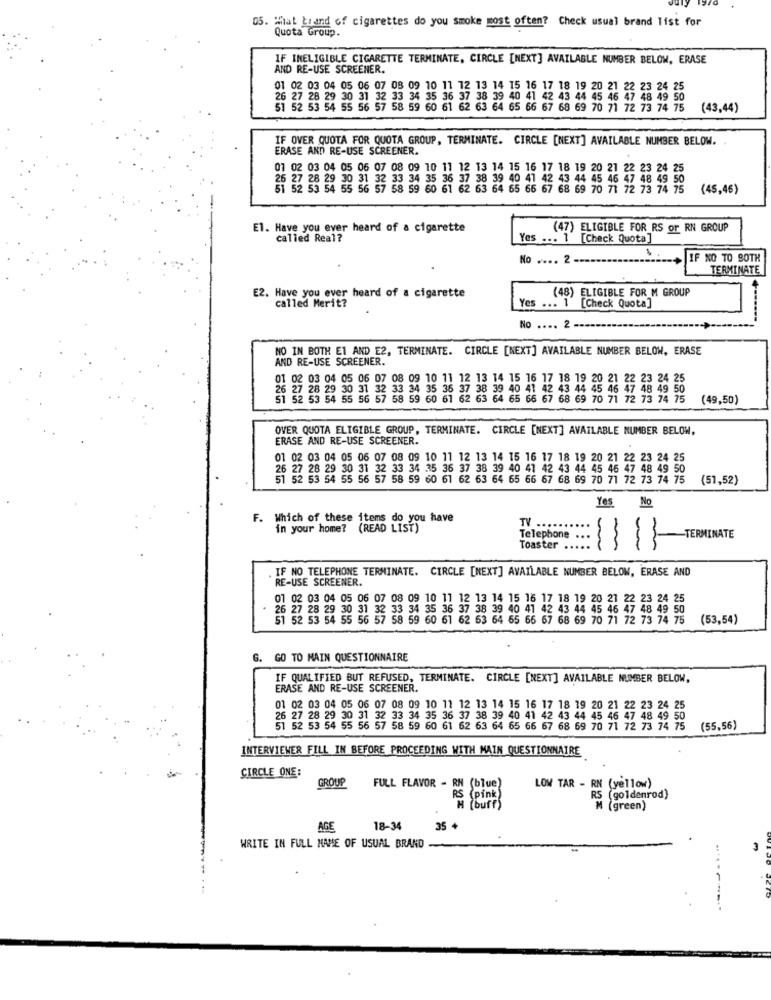
05. What Liand of cigarettes do you smoke most often? Check usual brand list for
Quota Group.
IF INELIGIBLE CIGARETTE TERMINATE, CIRCLE [NEXT] AVAILABLE NUMBER BELOW, ERASE
AND RE-USE SCREENER.
01 02 03 04 05 06 07 08 09 10 11 12 13 14 15 16 17 18 19 20 21 22 23 24 25
26 27 28 29 30 31 32 33 34 35 36 37 38 39 40 41 42 43 44
46 47 48 49 50
51 52 53 54 55 56 57 58 59 60 61 62 63 64 65 66 67 68 69 70 71 72 73 74 75
(43,44)
IF OVER QUOTA FOR QUOTA GROUP, TERMINATE. CIRCLE [NEXT] AVAILABLE NUMBER BELOW.
ERASE AND RE-USE SCREENER.
07 02 03 04 05 06 07 08 09 10 11 12 13 14 15 16 17 18 19 20 21
22 23 24 25
26 27 28 29 30 31 32 33 34 35 36 37 38 39 40 41 42 43 44 45 46 47 48 49 50
51 52 53 54 55 56 57 58 59 60 61 62 63 64 65 66 67 68 69 70 71 72 73 74 75
(45,46)
El. Have you ever heard of a cigarette
(47) ELIGIBLE FOR RS or RN GROUP
called Real?
Yes ... 1 [Check Quota]
No .... 2
IF NO TO BOTH
TERMINATE
E2. Have you ever heard of a cigarette
(48) ELIGIBLE FOR M GROUP
called Merit?
Yes ... 1 [Check Quota]
No .... 2
NO IN BOTH E1 AND E2, TERMINATE. CIRCLE [NEXT] AVAILABLE NUMBER BELOW, ERASE
AND RE-USE SCREENER.
01 02 03 04 05 06 07 08 09 10 11 12 13 14 15 16 17 18 19 20 21 22 23 24 25
27 28 29 30 31 32 33 34 35 36
35 35 37 38 39 40 41 42 43 44 45 46 47 48 49 50
51 52 53 54 55 56 57 58 59 60 61 62 63 64 65 65 67 68 69 70 71 72 73 74 75
(49,50)
OVER QUOTA ELIGIBLE GROUP, TERMINATE. CIRCLE [NEXT] AVAILABLE NUMBER BELOW,
ERASE AND RE-USE SCREENER.
01 02 03 04 05 06 07 08 09 10 11 12 13 14 15 16 17 18 19 20 21 22 23 24 25
26 27 28 29 30 31 32 33 34 35 36 37 38 39 40 41 42 43 44 45 46 47 48 49 50
51 52 53 54 55 56 57 58 59 60 61 62 63 64 65 66
7 68 69 70 71 72 73 74 75 (51,52)
Yes No
F. Which of these items do you have
in your home? (READ LIST)
TV .......
Telephone
-TERMINATE
Toaster
. IF NO TELEPHONE TERMINATE. CIRCLE [NEXT] AVAILABLE NUMBER BELOW, ERASE AND
RE-USE SCREENER.
01 02 03 04 05 06 07 08 09 10 11 12 13 14 15 16 17 18 19 20 21 22 23 24 25
· 26 27 28 29 30 31 32 33 34 35 36 37 38 39 40 41 42 43 44 45 46 47 48 49 50
51 52 53 54 55 56 57 58 59 60 61 62 63 64 65 66
67 68 69 70 71 72 73 74 75
(53,54)
G. GO TO MAIN QUESTIONNAIRE
IF QUALIFIED BUT REFUSED, TERMINATE. CIRCLE [NEXT] AVAILABLE NUMBER BELOW,
ERASE AND RE-USE SCREENER.
01 02 03 04 05 06 07 08 09 10 11 12 13 14 15 16 17 18 19 20 21 22 23 24 25
26 27 28 29 30 31 32 33 34 35 36 37 38 39 40 41 42 43 44 45 46 47 48 49 50
51 52 53 54 55 56 57 58 59 60 61 62 63 64 65 66 67 68 69 70 71 72 73 74 75
(55,56)
INTERVIEWER FILL IN BEFORE PROCEEDING WITH MAIN QUESTIONNAIRE
CIRCLE ONE:
GROUP
FULL FLAVOR - RN
(blue}
LOW TAR - RN (yellow)
RS
5 (goldenrod)
court ?
M (green)
AGE
18-34
35 +
WRITE IN FULL NAME OF USUAL BRAND